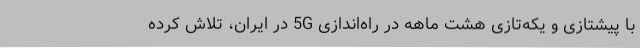
با پیشتازی و یکه‌تازی هشت ماهه در راه‌اندازی 5G در ایران، تلاش کرده